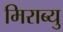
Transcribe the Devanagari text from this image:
मिराब्यु